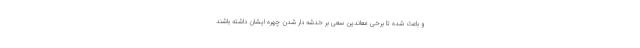
و باعث شده تا برخی معاندین سعی بر خدشه دار شدن چهره ایشان داشته باشند